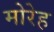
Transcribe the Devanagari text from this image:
मोरेह